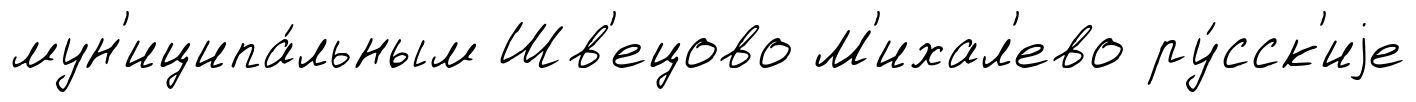
мун'иципа́льным Шв'ецово М'ихал'ево ру́сск'иjе